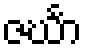
ဇင်္ဃာ